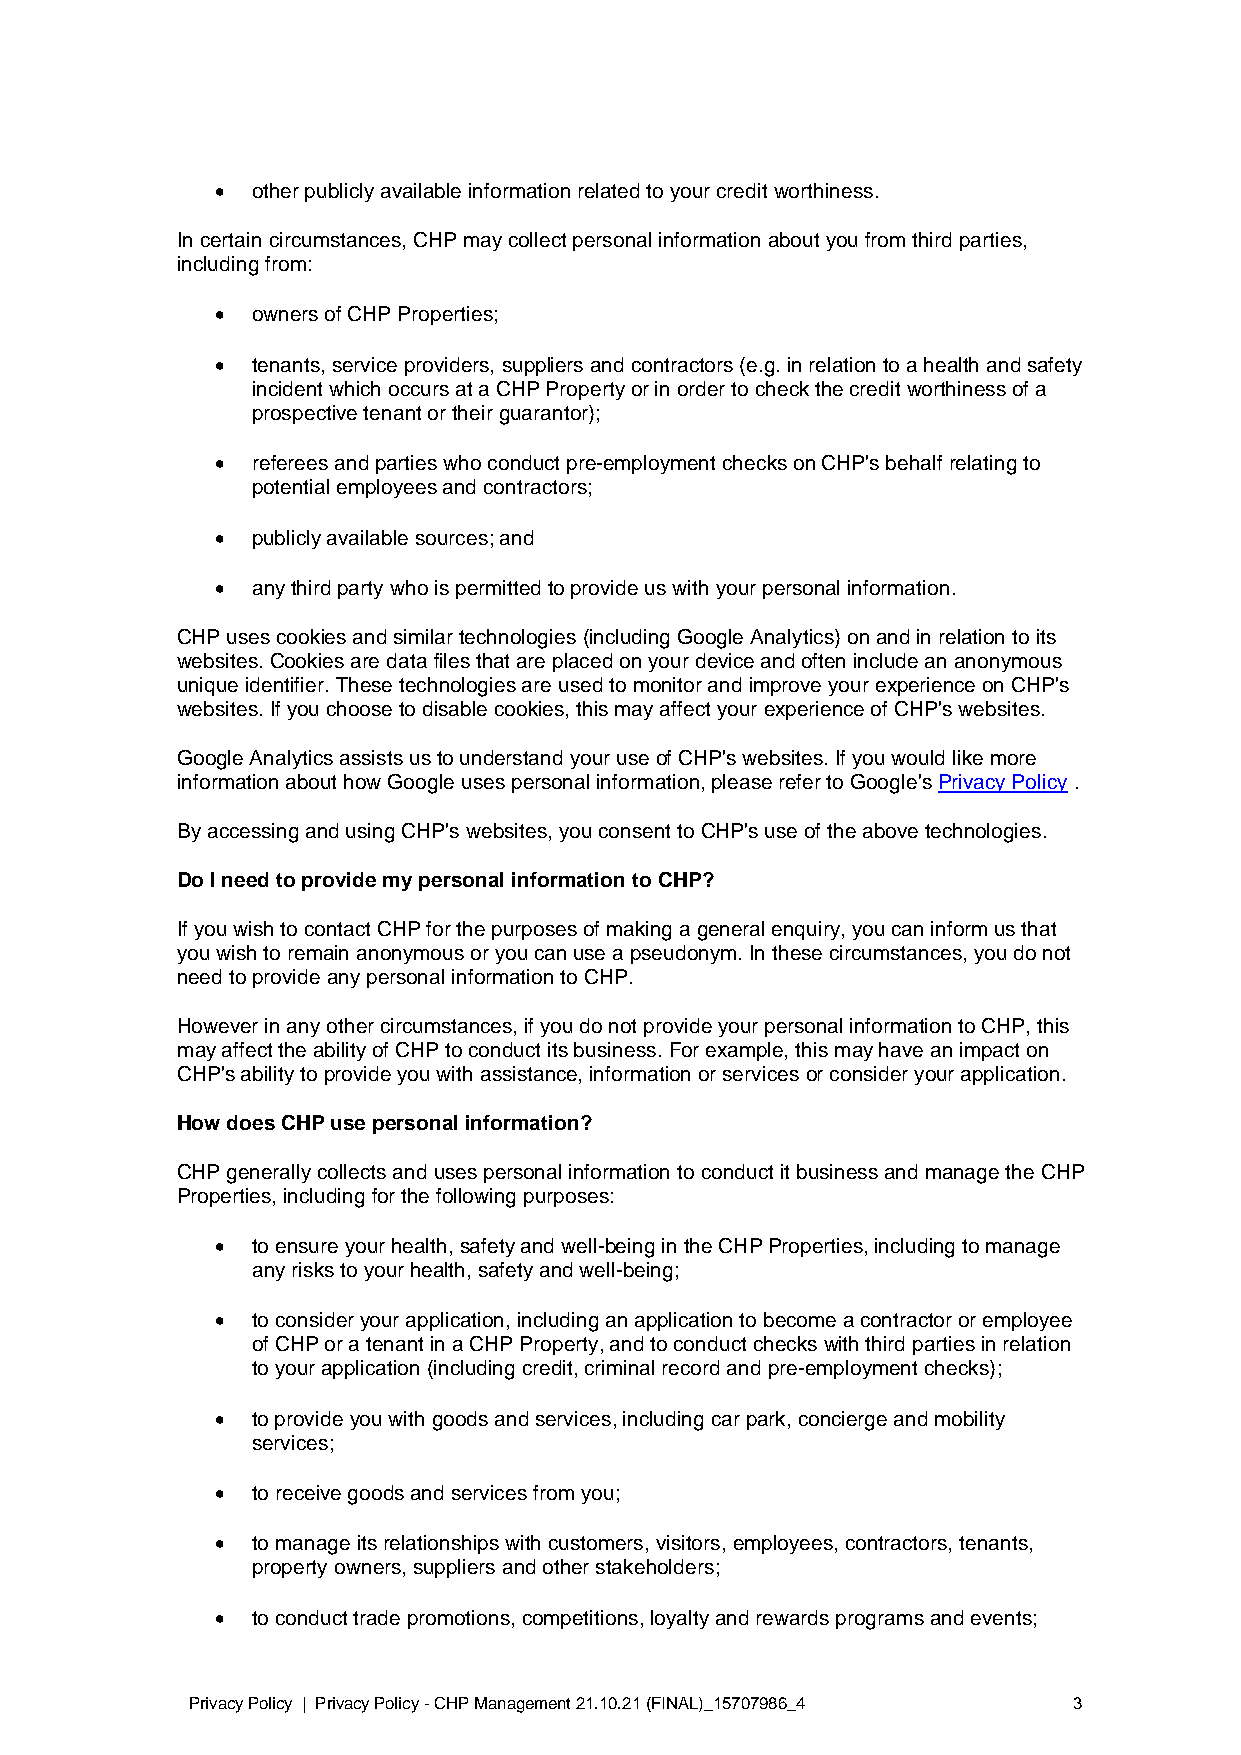
•  other publicly available information related to your credit worthiness.
 In certain circumstances, CHP may collect personal information about you from third parties,
 including from:
 •  owners of CHP Properties;
 •  tenants, service providers, suppliers and contractors (e.g. in relation to a health and safety
 incident which occurs at a CHP Property or in order to check the credit worthiness of a
 prospective tenant or their guarantor);
 •  referees and parties who conduct pre-employment checks on CHP's behalf relating to
 potential employees and contractors;
 •  publicly available sources; and
 •  any third party who is permitted to provide us with your personal information.
 CHP uses cookies and similar technologies (including Google Analytics) on and in relation to its
 websites. Cookies are data files that are placed on your device and often include an anonymous
 unique identifier. These technologies are used to monitor and improve your experience on CHP's
 websites. If you choose to disable cookies, this may affect your experience of CHP's websites.
 Google Analytics assists us to understand your use of CHP's websites. If you would like more
 information about how Google uses personal information, please refer to Google's Privacy Policy .
 By accessing and using CHP's websites, you consent to CHP's use of the above technologies.
 Do I need to provide my personal information to CHP?
 If you wish to contact CHP for the purposes of making a general enquiry, you can inform us that
 you wish to remain anonymous or you can use a pseudonym. In these circumstances, you do not
 need to provide any personal information to CHP.
 However in any other circumstances, if you do not provide your personal information to CHP, this
 may affect the ability of CHP to conduct its business. For example, this may have an impact on
 CHP's ability to provide you with assistance, information or services or consider your application.
 How does CHP use personal information?
 CHP generally collects and uses personal information to conduct it business and manage the CHP
 Properties, including for the following purposes:
 •  to ensure your health, safety and well-being in the CHP Properties, including to manage
 any risks to your health, safety and well-being;
 •  to consider your application, including an application to become a contractor or employee
 of CHP or a tenant in a CHP Property, and to conduct checks with third parties in relation
 to your application (including credit, criminal record and pre-employment checks);
 •  to provide you with goods and services, including car park, concierge and mobility
 services;
 •  to receive goods and services from you;
 •  to manage its relationships with customers, visitors, employees, contractors, tenants,
 property owners, suppliers and other stakeholders;
 •  to conduct trade promotions, competitions, loyalty and rewards programs and events;
 Privacy Policy | Privacy Policy - CHP Management 21.10.21 (FINAL)_15707986_4 3